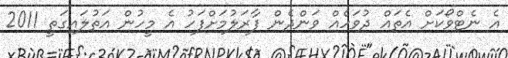
އެ ނެޓްވޯކަށް އެތައް ދުވަހެއް ވަންދެން ފާރަލުމަށްފަހު އެ މީހުން އަތުލައިގަތީ 2011